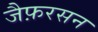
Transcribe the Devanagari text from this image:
जैफ़रसन